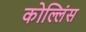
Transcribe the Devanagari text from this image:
कोल्लिंस